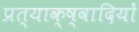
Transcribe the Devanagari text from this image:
प्रत्याक्ष्वादियों